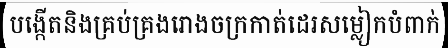
បង្កើតនិងគ្រប់គ្រងរោងចក្រកាត់ដេរសម្លៀកបំពាក់